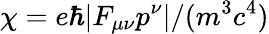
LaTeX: \chi=e\hbar|F_{\mu\nu}p^{\nu}|/(m^{3}c^{4})